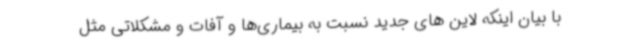
با بیان اینکه لاین های جدید نسبت به بیماری‌ها و آفات و مشکلاتی مثل